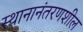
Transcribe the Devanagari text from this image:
स्थानानंतरणशील